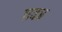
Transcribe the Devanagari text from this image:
एक्त्र